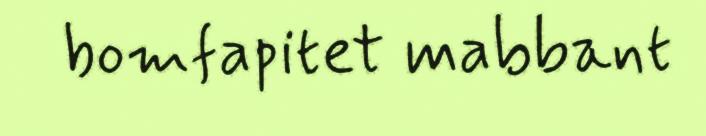
bomfapitet mabbant